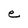
Character: e